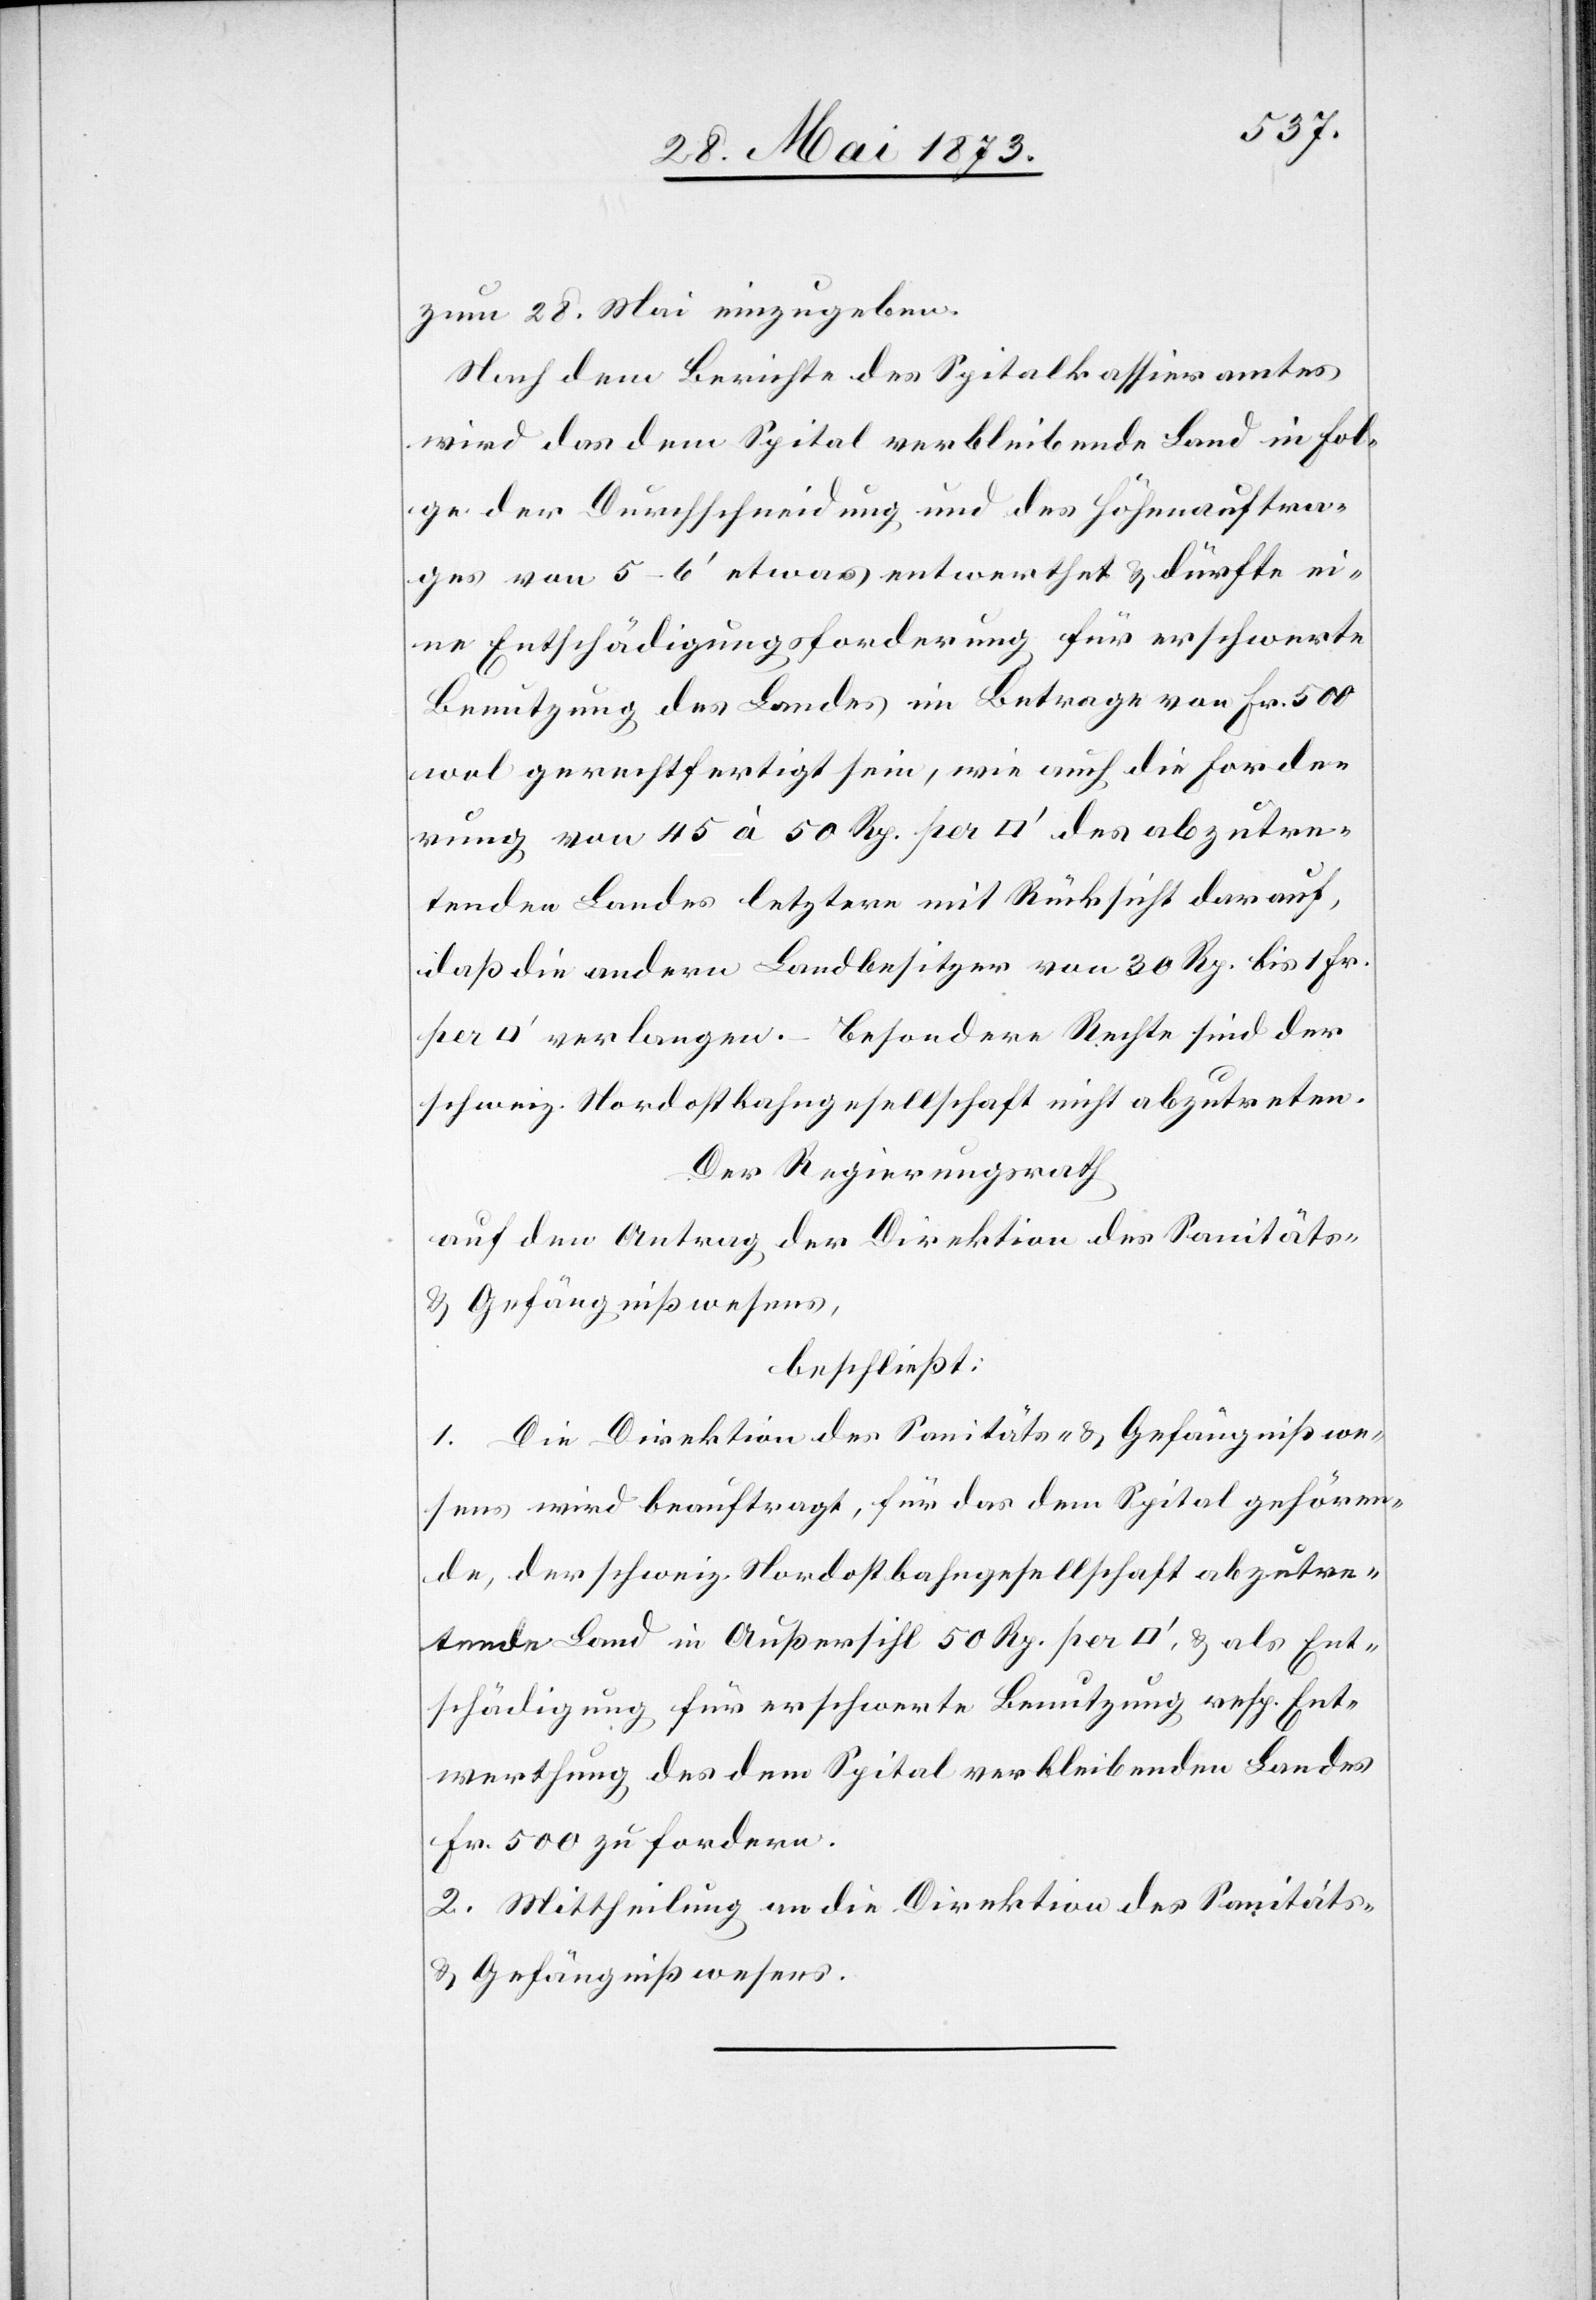
zum 28. Mai einzugeben.
Nach dem Berichte des Spitalkassieramtes
wird das dem Spital verbleibende Land in Fol¬
ge der Durchschneidung und des Höhenauftra¬
ges von 5–6‘ etwas entwerthet & dürfte ei¬
ne Entschädigungsforderung für erschwerte
Benutzung des Landes im Betrage von Fr. 500
wol gerechtfertigt sein, wie auch die Forde¬
rung von 45 à 50 Rp. per [Quadratfuß] des abzutre¬
tenden Landes letztere mit Rücksicht darauf,
daß die andern Landbesitzer von 30 Rp. bis 1 Fr.
verlangen. Besondere Rechte sind der
schweiz. Nordostbahngesellschaft nicht abzutreten.
Der Regierungsrath
auf den Antrag der Direktion des Sanitäts-
& Gefängnißwesens,
beschließt:
1. Die Direktion des Sanitäts- & Gefängnißwe¬
sens wird beauftragt, für das dem Spital gehören¬
de, der schweiz. Nordostbahngesellschaft abzutre¬
tende Land in Außersihl 50 Rp. per [Quadratfuß], & als Ent¬
schädigung für erschwerte Benutzung resp. Ent¬
werthung des dem Spital verbleibenden Landes
Fr. 500 zu fordern.
2. Mittheilung an die Direktion des Sanitäts-
& Gefängnißwesens.